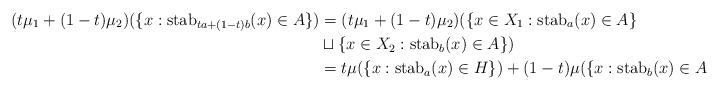
LaTeX: \begin{align*} (t\mu_1+(1-t)\mu_2)( \{ x: \mathrm{stab}_{ta+(1-t)b}(x) \in A\}) &= (t\mu_1 + (1-t)\mu_2)( \{x \in X_1: \mathrm{stab}_a(x) \in A \} \\& \sqcup \{x \in X_2: \mathrm{stab}_b(x) \in A\}) \\ & = t \mu(\{x: \mathrm{stab}_a(x) \in H \}) + (1-t) \mu(\{x: \mathrm{stab}_b(x) \in A\}). \end{align*}